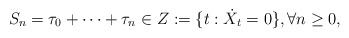
\begin{align*}S_n=\tau_0+\cdots+\tau_n\in Z:=\{t: \dot{X}_t=0\}, \forall n\geq 0,\end{align*}